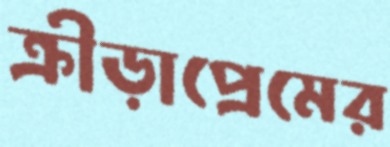
ক্রীড়াপ্রেমের